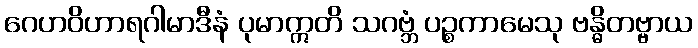
ဂေဟဝိဟာရဂါမာဒီနံ ပုမာဣတိ သဂဗ္ဘံ ပဉ္စကာမေသု ဗန္ဓိတဗ္ဗာယ